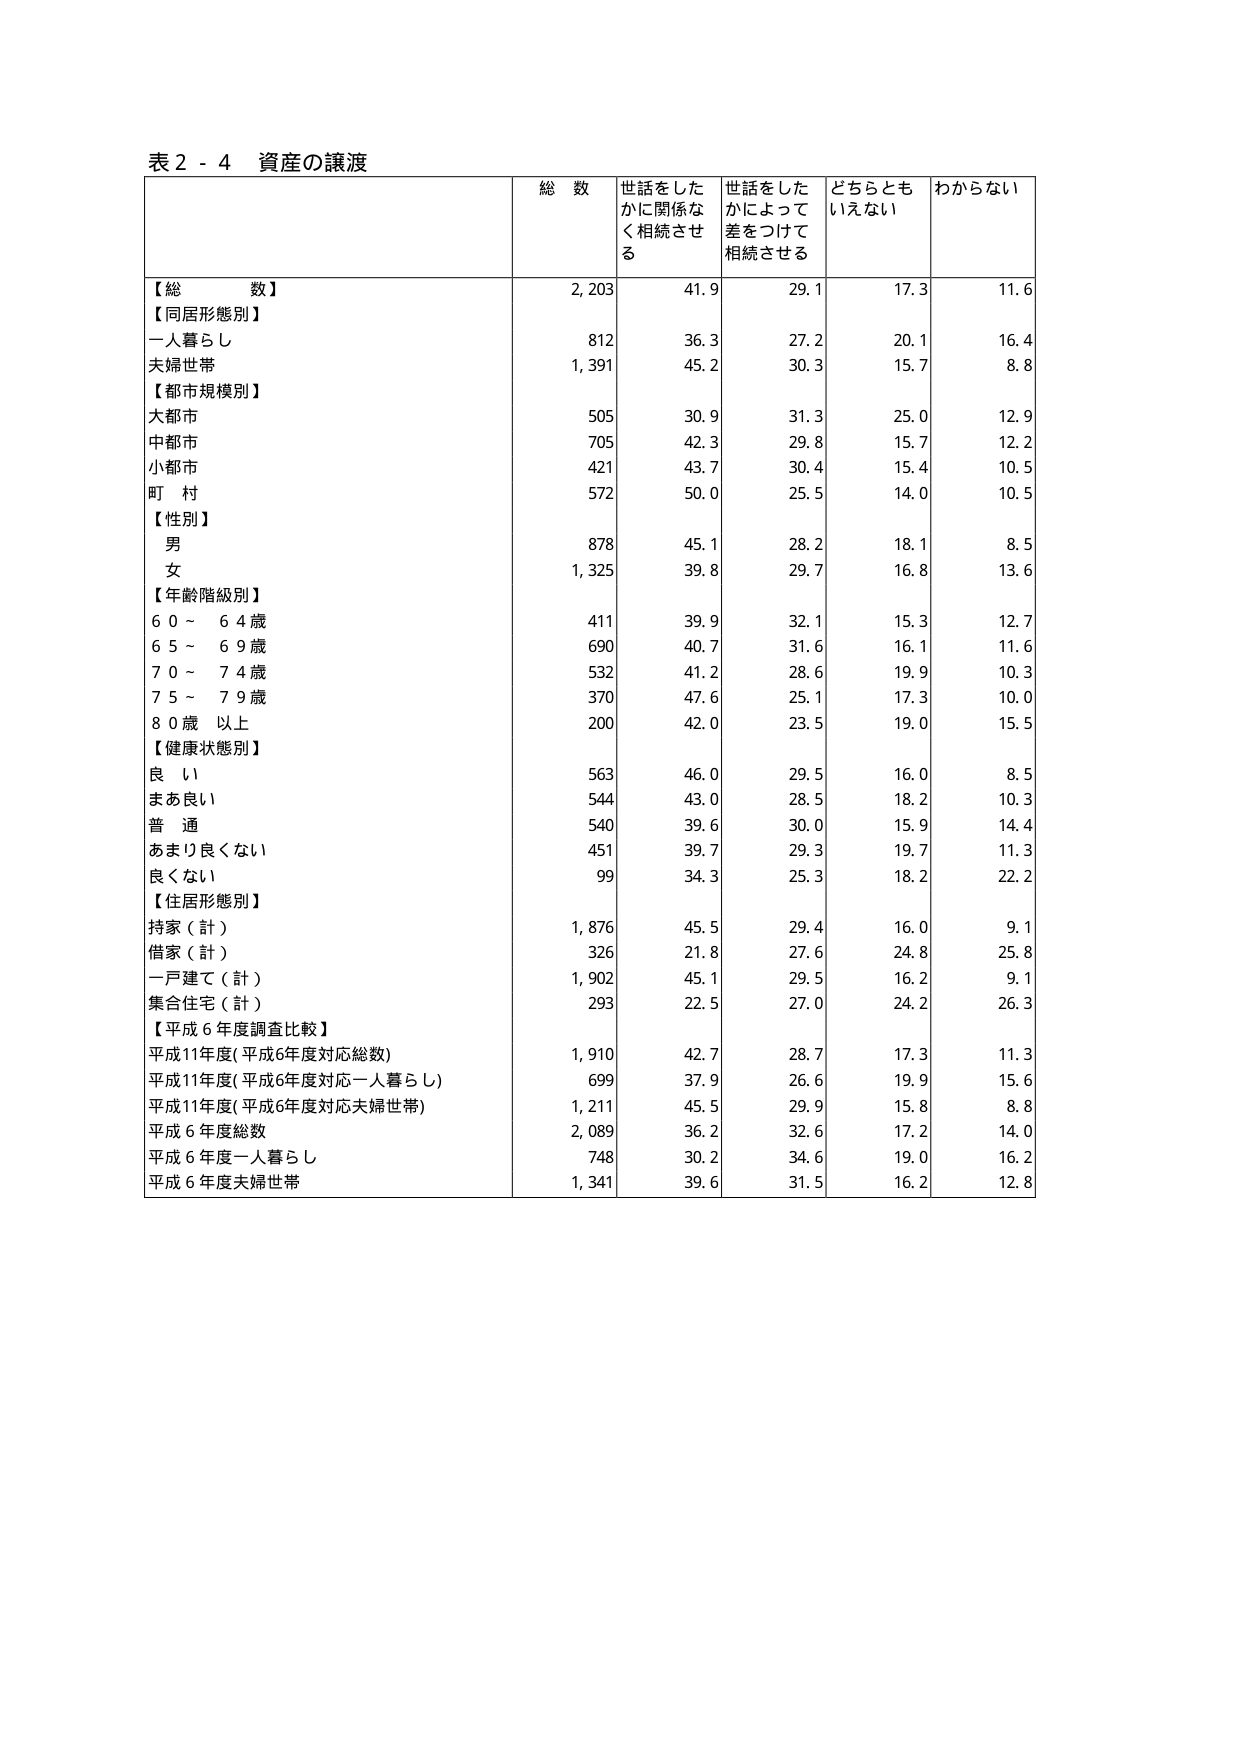
表２－４ 資産の譲渡

総数 世話をしたかに関係なく相続させる 世話をしたかによって差をつけて相続させる どちらともいえない わからない

【総数】 2,203 41.9 29.1 17.3 11.6

【同居形態別】
一人暮らし 812 36.3 27.2 20.1 16.4
夫婦世帯 1,391 45.2 30.3 15.7 8.8

【都市規模別】
大都市 505 30.9 31.3 25.0 12.9
中都市 705 42.3 29.8 15.7 12.2
小都市 421 43.7 30.4 15.4 10.5
町村 572 50.0 25.5 14.0 10.5

【性別】
男 878 45.1 28.2 18.1 8.5
女 1,325 39.8 29.7 16.8 13.6

【年齢階級別】
60～64歳 411 39.9 32.1 15.3 12.7
65～69歳 690 40.7 31.6 16.1 11.6
70～74歳 532 41.2 28.6 19.9 10.3
75～79歳 370 47.6 25.1 17.3 10.0
80歳以上 200 42.0 23.5 19.0 15.5

【健康状態別】
良い 563 46.0 29.5 16.0 8.5
まあ良い 544 43.0 28.5 18.2 10.3
普通 540 39.6 30.0 15.9 14.4
あまり良くない 451 39.7 29.3 19.7 11.3
良くない 99 34.3 25.3 18.2 22.2

【住居形態別】
持家（計） 1,876 45.5 29.4 16.0 9.1
借家（計） 326 21.8 27.6 24.8 25.8
一戸建て（計） 1,902 45.1 29.5 16.2 9.1
集合住宅（計） 293 22.5 27.0 24.2 26.3

【平成6年度調査比較】
平成11年度（平成6年度対応総数） 1,910 42.7 28.7 17.3 11.3
平成11年度（平成6年度対応一人暮らし） 699 37.9 26.6 19.9 15.6
平成11年度（平成6年度対応夫婦世帯） 1,211 45.5 29.9 15.8 8.8
平成6年度総数 2,089 36.2 32.6 17.2 14.0
平成6年度一人暮らし 748 30.2 34.6 19.0 16.2
平成6年度夫婦世帯 1,341 39.6 31.5 16.2 12.8